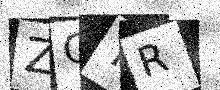
Text: ZQTR